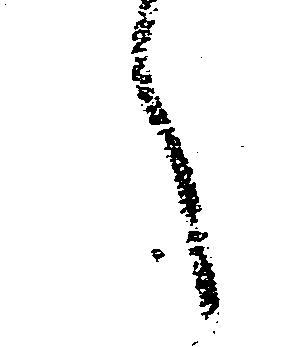
へ